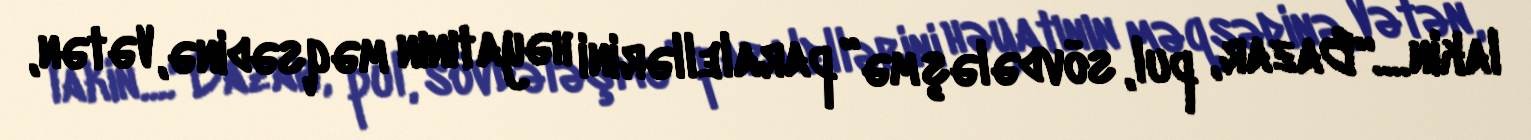
lakin....“Bazar, pul, sövdələşmə” paralellərini həyatının məqsədinə, Vətən,